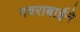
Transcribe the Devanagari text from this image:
गवराबाईने